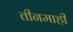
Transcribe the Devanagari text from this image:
तीनमाही